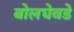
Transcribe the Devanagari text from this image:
बोलघेवडे